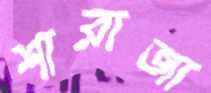
শারাজা